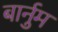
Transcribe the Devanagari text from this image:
बार्नुम